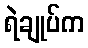
ရဲချုပ်က